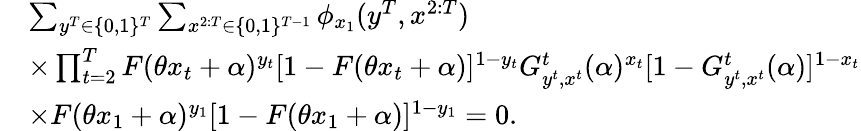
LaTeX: \begin{array}{rl}&{\sum_{y^{T}\in\{ 0,1\} ^{T}}\sum_{x^{2:T}\in\{ 0,1\} ^{T-1}}\phi_{x_{1}}(y^{T},x^{2:T})}\\ &{\times\prod_{t=2}^{T}F(\theta x_{t}+\alpha)^{y_{t}}[1-F(\theta x_{t}+\alpha)]^{1-y_{t}}G_{y^{t},x^{t}}^{t}(\alpha)^{x_{t}}[1-G_{y^{t},x^{t}}^{t}(\alpha)]^{1-x_{t}}}\\ &{\times F(\theta x_{1}+\alpha)^{y_{1}}[1-F(\theta x_{1}+\alpha)]^{1-y_{1}}=0.}\end{array}